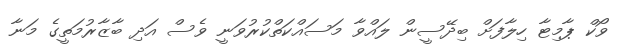
ވޯކް ޕާމިޓާ ހިލާފަށް ބިދޭސީން ލައްވާ މަސައްކަތްކުރުވަނީ ވެސް އަދި ބާޒާރުމަތީގެ މަނާ